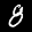
Label: 8